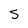
Character: 5